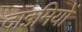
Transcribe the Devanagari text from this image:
दाइमियों